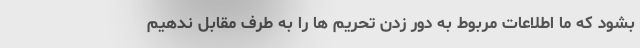
بشود که ما اطلاعات مربوط به دور زدن تحریم ها را به طرف مقابل ندهیم